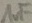
Text: 1uF